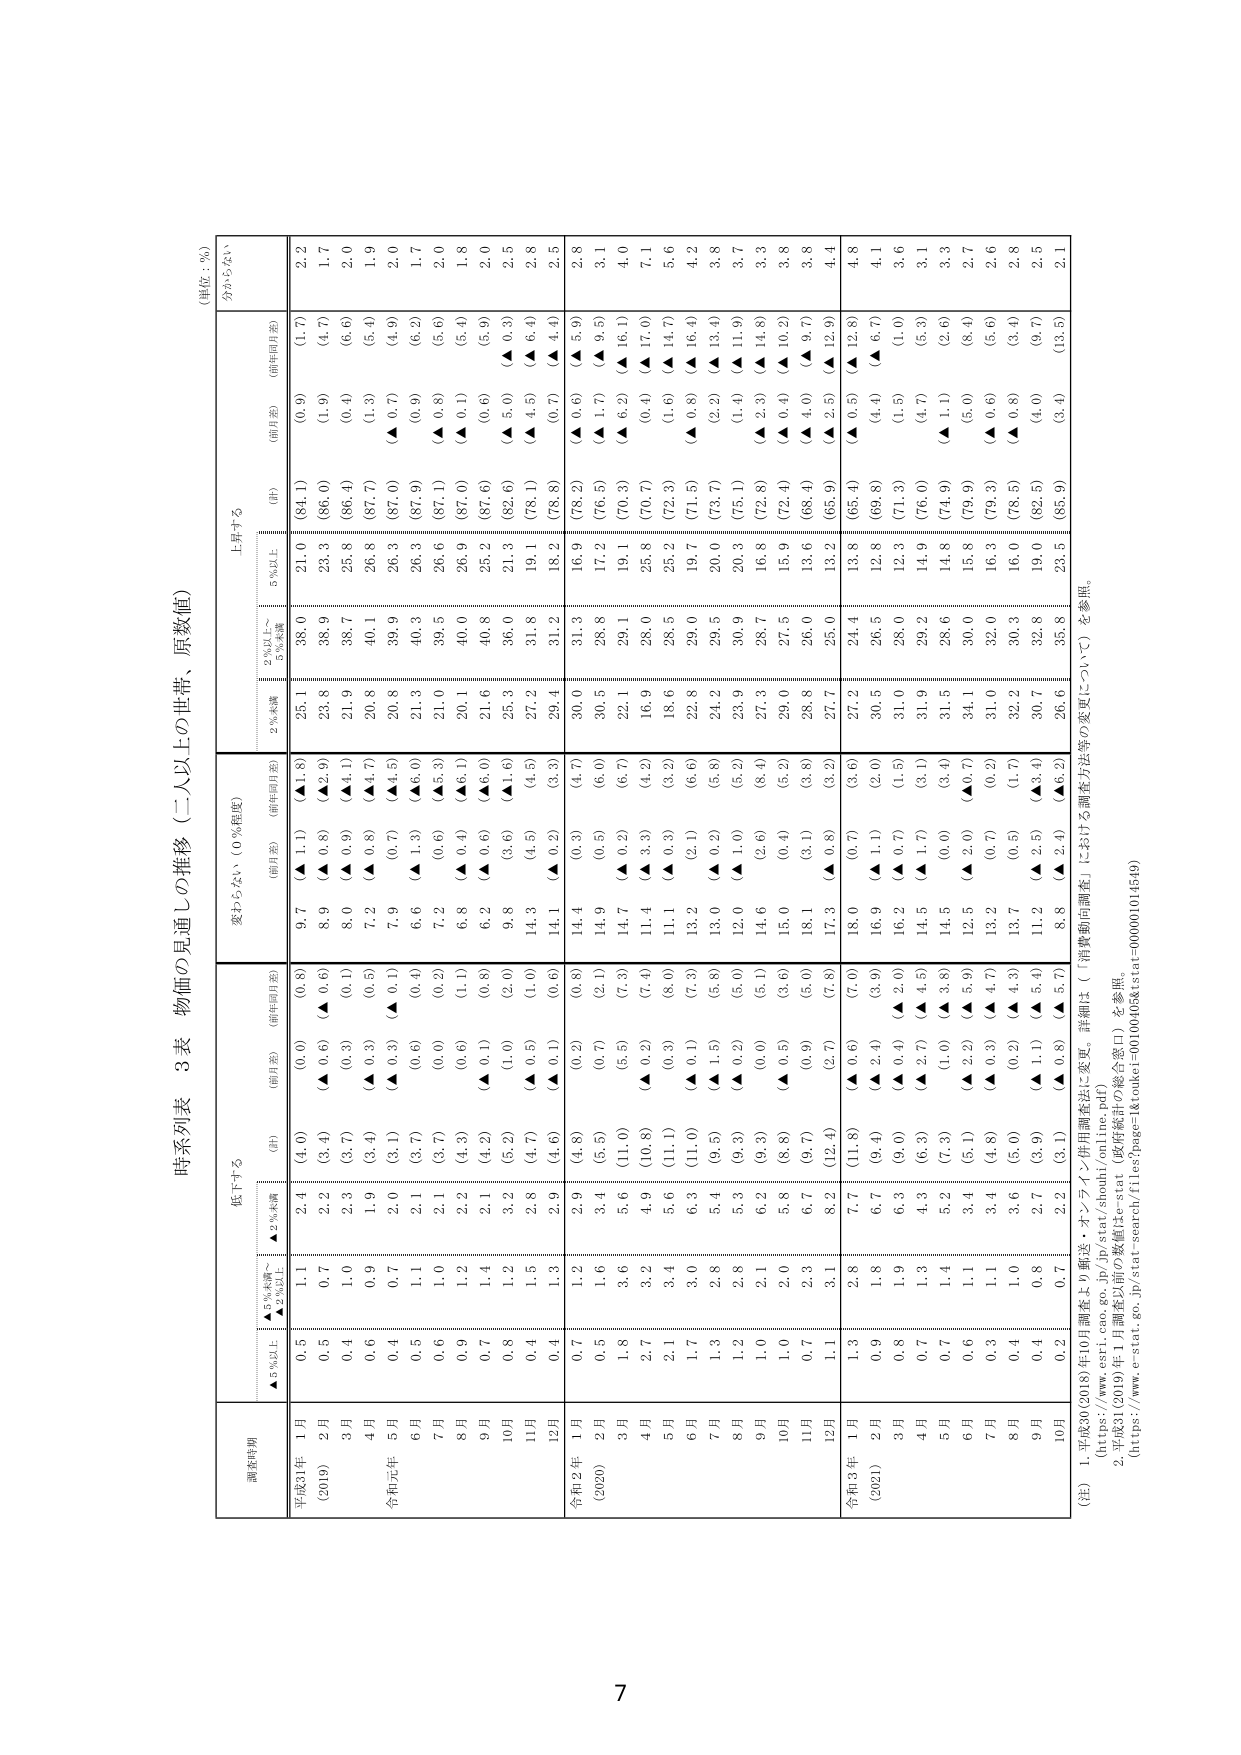
時系列表　3表　物価の見通しの推移（二人以上の世帯、原数値）
（単位：％）

調査時期
低下する
変わらない（0％程度）
上昇する
分からない

　　▲5％未満～
　　▲2％以上
　　▲2％未満
　　（計）
　　（前月差）
　　（前年同月差）
　　（計）
　　（前月差）
　　（前年同月差）
　　2％未満
　　2％以上～
　　5％未満
　　5％以上
　　（計）
　　（前月差）
　　（前年同月差）

平成31年 1月
0.5
1.1
2.4
(4.0)
(0.0)
(0.8)
9.7
(▲ 1.1)
(▲1.8)
25.1
38.0
21.0
(84.1)
(0.9)
(1.7)
2.2

　　(2019)
2月
0.5
0.7
2.2
(3.4)
( ▲ 0.6)
(0.6)
8.9
( ▲ 0.8)
( ▲ 2.9)
23.8
38.9
23.3
(86.0)
(1.9)
(4.7)
1.7

　　3月
0.4
1.0
2.3
(3.7)
(0.3)
(0.1)
8.0
( ▲ 0.9)
( ▲ 4.1)
21.9
38.7
25.8
(86.4)
(0.4)
(6.6)
2.0

　　4月
0.6
0.9
1.9
(3.4)
( ▲ 0.3)
(0.5)
7.2
( ▲ 0.8)
( ▲ 4.7)
20.8
40.1
26.8
(87.7)
(1.3)
(5.4)
1.9

　　令和元年 5月
0.4
0.7
2.0
(3.1)
( ▲ 0.3)
(0.1)
7.9
(0.7)
( ▲ 4.5)
20.8
39.9
26.3
(87.0)
( ▲ 0.7)
(4.9)
2.0

　　6月
0.5
1.1
2.1
(3.7)
(0.6)
(0.4)
6.6
( ▲ 1.3)
( ▲ 6.0)
21.3
40.3
26.3
(87.9)
(0.9)
(6.2)
1.7

　　7月
0.6
1.0
2.1
(3.7)
(0.0)
(0.2)
7.2
(0.6)
( ▲ 5.3)
21.0
39.5
26.6
(87.1)
( ▲ 0.8)
(5.6)
2.0

　　8月
0.9
1.2
2.2
(4.3)
(0.6)
(1.1)
6.8
( ▲ 0.4)
( ▲ 6.1)
20.1
40.0
26.9
(87.0)
( ▲ 0.1)
(5.4)
1.8

　　9月
0.7
1.4
2.1
(4.2)
( ▲ 0.1)
(0.8)
6.2
( ▲ 0.6)
( ▲ 6.0)
21.6
40.8
25.2
(87.6)
(0.6)
(5.9)
2.0

　　10月
0.8
1.2
3.2
(5.2)
(1.0)
(2.0)
9.8
(3.6)
( ▲1.6)
25.3
36.0
21.3
(82.6)
( ▲ 5.0)
( ▲ 0.3)
2.5

　　11月
0.4
1.5
2.8
(4.7)
( ▲ 0.5)
(1.0)
14.3
(4.5)
(4.5)
27.2
31.8
19.1
(78.1)
( ▲ 4.5)
( ▲ 6.4)
2.8

　　12月
0.4
1.3
2.9
(4.6)
( ▲ 0.1)
(0.6)
14.1
( ▲ 0.2)
(3.3)
29.4
31.2
18.2
(78.8)
(0.7)
( ▲ 4.4)
2.5

令和2年 1月
0.7
1.2
2.9
(4.8)
(0.2)
(0.8)
14.4
(0.3)
(4.7)
30.0
31.3
16.9
(78.2)
(0.6)
( ▲ 5.9)
2.8

　　(2020)
2月
0.5
1.6
3.4
(5.5)
(0.7)
(2.1)
14.9
(0.5)
(6.0)
30.5
28.8
17.2
(76.5)
( ▲ 1.7)
( ▲ 9.5)
3.1

　　3月
1.8
3.6
5.6
(11.0)
(5.5)
(7.3)
14.7
( ▲ 0.2)
(6.7)
22.1
29.1
19.1
(70.3)
( ▲ 6.2)
( ▲ 16.1)
4.0

　　4月
2.7
3.2
4.9
(10.8)
( ▲ 0.2)
(7.4)
11.4
( ▲ 3.3)
(4.2)
16.9
28.0
25.8
(70.7)
(0.4)
( ▲ 17.0)
7.1

　　5月
2.1
3.4
5.6
(11.1)
(0.3)
(8.0)
11.1
( ▲ 0.3)
(3.2)
18.6
28.5
25.2
(72.3)
(1.6)
( ▲ 14.7)
5.6

　　6月
1.7
3.0
6.3
(11.0)
( ▲ 0.1)
(7.3)
13.2
(2.1)
(6.6)
22.8
29.0
19.7
(71.5)
( ▲ 0.8)
( ▲ 16.4)
4.2

　　7月
1.3
2.8
5.4
(9.5)
( ▲ 1.5)
(5.8)
13.0
( ▲ 0.2)
(5.8)
24.2
29.5
20.0
(73.7)
(2.2)
( ▲ 13.4)
3.8

　　8月
1.2
2.8
5.3
(9.3)
( ▲ 0.2)
(6.0)
12.0
( ▲ 1.0)
(5.2)
23.9
30.9
20.3
(75.1)
(1.4)
( ▲ 11.9)
3.7

　　9月
1.0
2.1
6.2
(9.3)
(0.0)
(5.1)
14.6
(2.6)
(8.4)
27.3
28.7
16.8
(72.8)
( ▲ 2.3)
( ▲ 14.8)
3.3

　　10月
1.0
2.0
5.8
(8.8)
( ▲ 0.5)
(3.6)
15.0
(0.4)
(5.2)
29.0
27.5
15.9
(72.4)
( ▲ 0.4)
( ▲ 10.2)
3.8

　　11月
0.7
2.3
6.7
(9.7)
(0.9)
(5.0)
18.1
(3.1)
(3.8)
28.8
26.0
13.6
(68.4)
( ▲ 4.0)
( ▲ 9.7)
3.8

　　12月
1.1
3.1
8.2
(12.4)
(2.7)
(7.8)
17.3
( ▲ 0.8)
(3.2)
27.7
25.0
13.2
(65.9)
( ▲ 2.5)
( ▲ 12.9)
4.4

令和3年 1月
1.3
2.8
7.7
(11.8)
( ▲ 0.6)
(7.0)
18.0
(0.7)
(3.6)
27.2
24.4
13.8
(65.4)
( ▲ 0.5)
( ▲ 12.8)
4.8

　　(2021)
2月
0.9
1.8
6.7
(9.4)
( ▲ 2.4)
(3.9)
16.9
( ▲ 1.1)
(2.0)
30.5
26.5
12.8
(69.8)
(4.4)
( ▲ 6.7)
4.1

　　3月
0.8
1.9
6.3
(9.0)
( ▲ 0.4)
(2.0)
16.2
( ▲ 0.7)
(1.5)
31.0
28.0
12.3
(71.3)
(1.5)
(1.0)
3.6

　　4月
0.7
1.3
4.3
(6.3)
( ▲ 2.7)
(4.5)
14.5
( ▲ 1.7)
(3.1)
31.9
29.2
14.9
(76.0)
(4.7)
(5.3)
3.1

　　5月
0.7
1.4
5.2
(7.3)
(1.0)
(3.8)
14.5
(0.0)
(3.4)
31.5
28.6
14.8
(74.9)
( ▲ 1.1)
(2.6)
3.3

　　6月
0.6
1.1
3.4
(5.1)
( ▲ 2.2)
(5.9)
12.5
( ▲ 2.0)
( ▲ 0.7)
34.1
30.0
15.8
(79.9)
(5.0)
(8.4)
2.7

　　7月
0.3
1.1
3.4
(4.8)
( ▲ 0.3)
(4.7)
13.2
(0.7)
(0.2)
31.0
32.0
16.3
(79.3)
(0.6)
(5.6)
2.6

　　8月
0.4
1.0
3.6
(5.0)
(0.2)
(4.3)
13.7
(0.5)
(1.7)
32.2
30.3
16.0
(78.5)
( ▲ 0.8)
(3.4)
2.8

　　9月
0.4
0.8
2.7
(3.9)
( ▲ 1.1)
(5.4)
11.2
( ▲ 2.5)
( ▲ 3.4)
30.7
32.8
19.0
(82.5)
(4.0)
(9.7)
2.5

　　10月
0.2
0.7
2.2
(3.1)
( ▲ 0.8)
( ▲ 5.7)
8.8
( ▲ 2.4)
( ▲ 6.2)
26.6
35.8
23.5
(85.9)
(3.4)
(13.5)
2.1

（注）1. 平成30(2018)年10月調査より郵送・オンライン併用調査法に変更。詳細は（「消費動向調査」における調査方法等の変更について）を参照。
　　（https://www.esri.cao.go.jp/jp/stat/shouhi/online.pdf）
　　2. 平成31(2019)年1月調査以前の数値はe-stat（政府統計の総合窓口）を参照。
　　（https://www.e-stat.go.jp/stat-search/files?page=1&kouki=200100405&stat=000001014549）

7